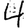
Digit: 4